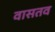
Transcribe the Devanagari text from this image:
वासतव